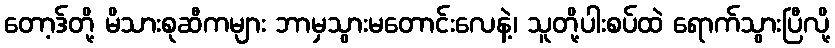
တော့ဒ်တို့ မိသားစုဆီကများ ဘာမှသွားမတောင်းလေနဲ့၊ သူတို့ပါးစပ်ထဲ ရောက်သွားပြီလို့